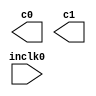
module dspclkpll (
	inclk0,
	c0,
	c1);

	input	  inclk0;
	output	  c0;
	output	  c1;

endmodule